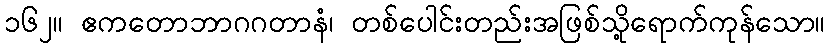
၁၆၂။ ဧကတောဘာဂဂတာနံ၊ တစ်ပေါင်းတည်းအဖြစ်သို့ရောက်ကုန်သော။